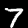
Digit: 7